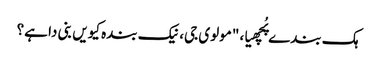
ہک بندے پُچھیا، "مولوی جی، نیک بندہ کیویں بنی دا ہے؟